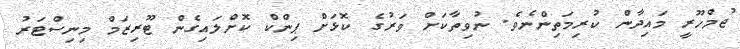
ޖުމްހޫރީ މައިދާން ކުރިމަތިންނެވެ. ނުވިތާކަށް ވަރުގެ ކޮޅަށް ޕިންކް ކޮށްލައިގެން ޓޫރިޒަމް މިނިސްޓަރު